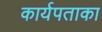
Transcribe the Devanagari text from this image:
कार्यपताका